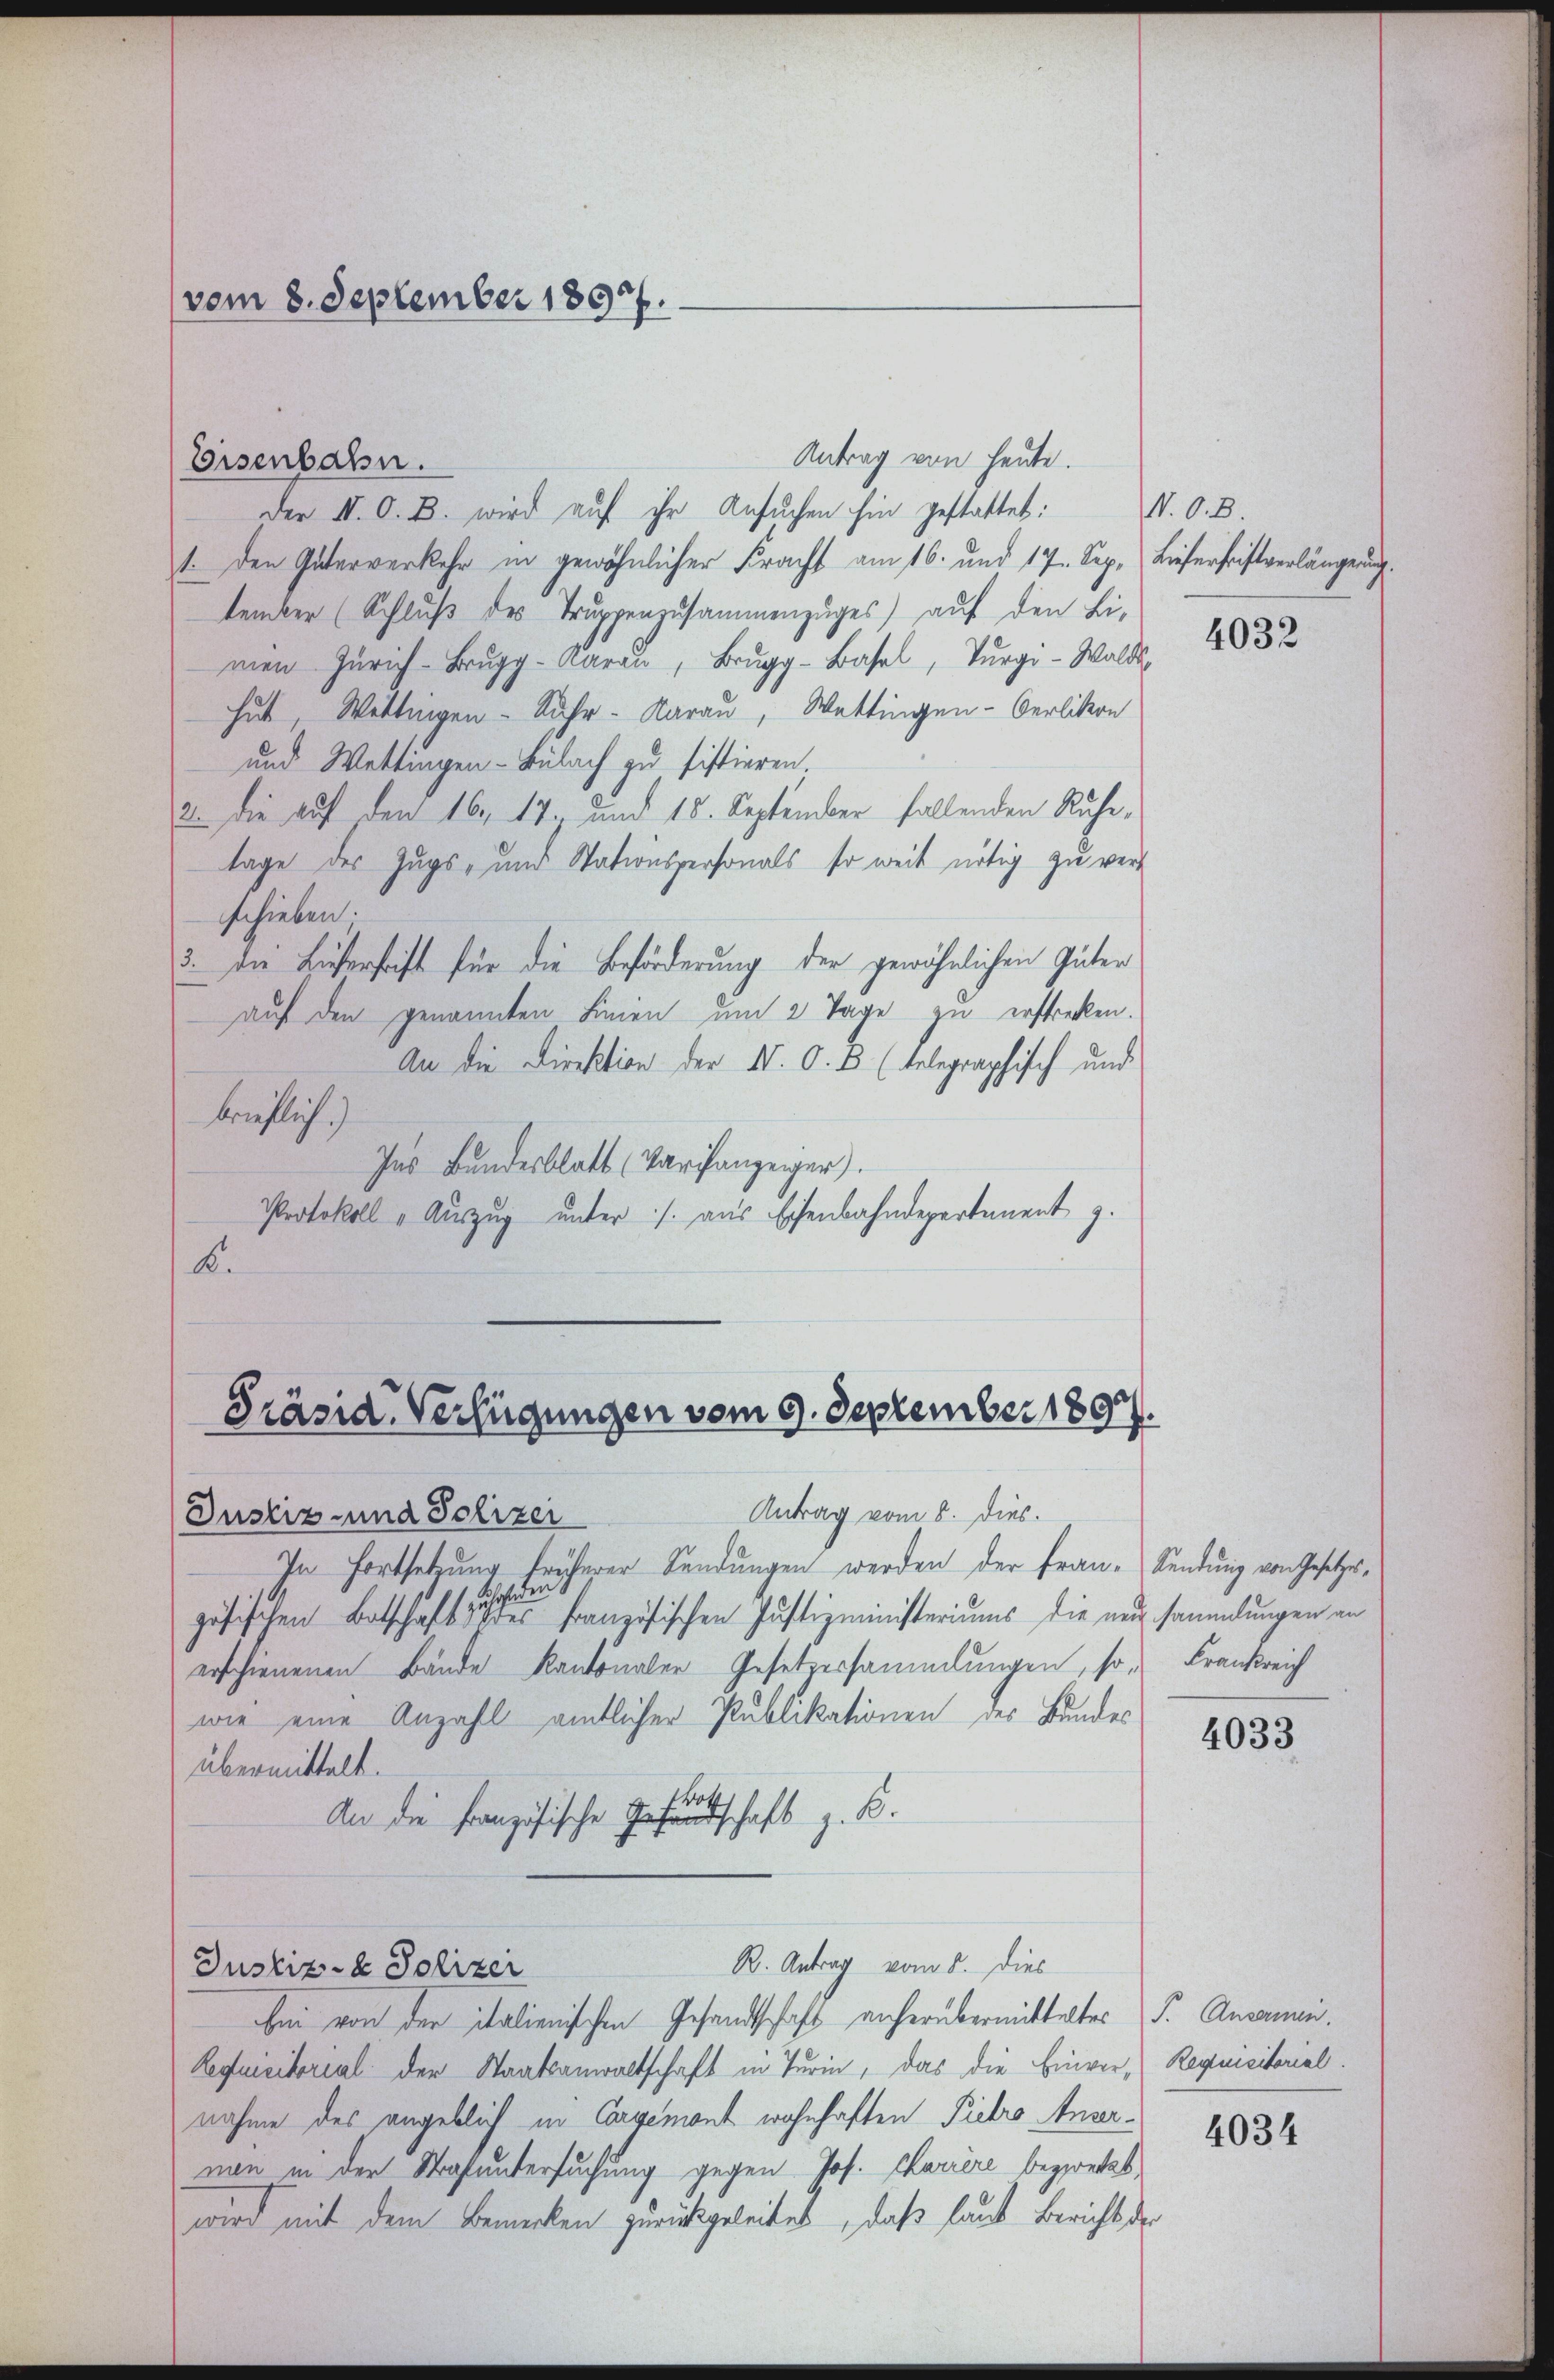
(vom 8. September 1897.

Antrag von heute.
Der II. O. B. wird auf ihr Ansuchen hin gestattet:
1. Den Güterverkehr in gewöhnlicher Fracht am 16. und 17. Sep. Lieferfristverlängerung.
tember (Schluß des Truppenzusammenzuges auf den Limen Zürich-Brŭgg-Karaṅ, Brŭgg-Basel, Tŭrgi-Walds
hut, Wettingen - Suhr-Aarau, Wettingen-Oerlittern
und Wettingen-Bülach zu sistieren
2. die auf den 16. 17. und 18. September fallenden Ruhe,
lage des Zugs- und Stationspersonals, so weit nötig zu verschieben.
3. Die Lieserhrift für die Beförderung der gewöhnlichen Güter
auf den genannten Linien um 2 Tage zu erstrecken.
An die Direktion der N. O. B. (telegraphisch und
brichtlich.)
Ins Bundesblatt (Varchanzenger).
Protokoll „Auszug unter /: aus Eisenbahndepartement z.
B.

Eisenbahn.

Präsid. Verfügungen vom 9. September 1897.

Antrag vom 8. dies.
Justiz- und Polizei
In Fortsetzung früherer Sendungen werden der Fran- Sendung von Gesetzes,
In
zösischen Botschaft eine französischen Justizministeriums die nur sammlungen an
erschienenen Bände Kantonaler Gesetzessammlungen, so Frankreich
wie eine Anzahl amtlicher Publikationen des Bundes
übermittelt.
An die Französische Gesandtschaft z. B.
R. Antrag vom 5. Dies
Justiz- & Polizei
bei von der italienischen Gesandtschaft anherübermittelter P. Ansammen.
Requisitorial der Staatsanwaltschaft in Turin, das die Einver-Regimeitorial.
nahme des angeblich in Corremont wohnhaften Pietro Anvernen in der Strafuntersuchung gegen Jos. Chariere bezwecket,
wird mit dem Bemerken zurückgeleitet, daß laut Bericht der

N. O. B.
4032

4033

4034